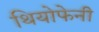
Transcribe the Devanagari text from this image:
थियोफेनी